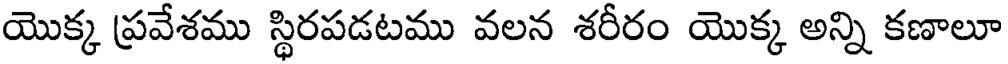
యొక్క ప్రవేశము స్థిరపడటము వలన శరీరం యొక్క అన్ని కణాలూ